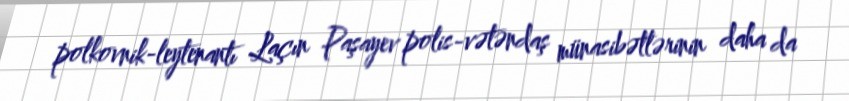
polkovnik-leytenantı Laçın Paşayev polis-vətəndaş münasibətlərinin daha da